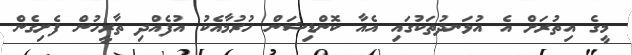
މީގެ އިތުރަށް އެ އުޅަނދުތަކުގައި އެއާ ކޮންޑިޝަން ހުރުމާއެކު އުފެއްދި ތާރީހުން ފެށިގެން